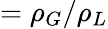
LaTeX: =\rho_{G}/\rho_{L}